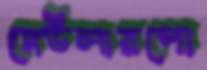
দেউলারপো